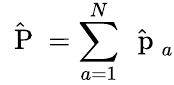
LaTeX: \hat{\mathrm{~\mathbf~P~}}=\sum_{a=1}^{N}\hat{\mathrm{~\mathbf~p~}}_{a}